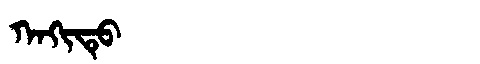
Manchu: ᡴᠠᡴᡳᡨᡠ
Romanization: KAKITU